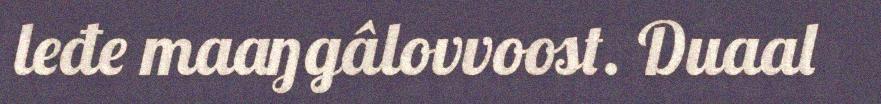
leđe maaŋgâlovvoost. Duaal